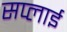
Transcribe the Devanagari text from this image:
सप्‍लाई